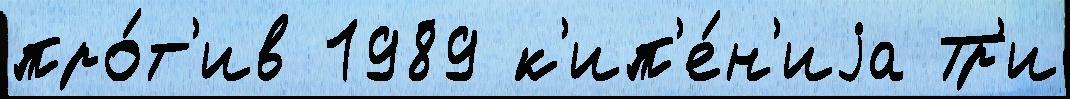
про́т'ив 1989 к'ип'е́н'иjа Тр'и